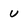
Character: U